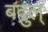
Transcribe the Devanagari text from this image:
बद्रुल्